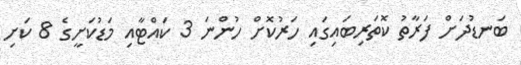
ބަނޑުދަށް ފަރާތު ކޮތަރިބައިގައި ހަރުކޮށް ހުންނަ 3 ކައްޓާއި މަޑުކަށީގެ 8 ކަށި